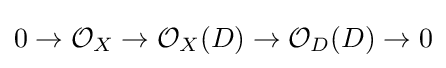
0\to {\mathcal {O}}_{X}\to {\mathcal {O}}_{X}(D)\to {\mathcal {O}}_{D}(D)\to 0